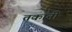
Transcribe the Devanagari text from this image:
तकॉनी